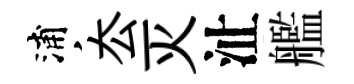
浦厺灭沚艦